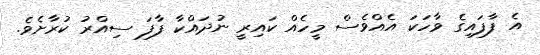
އެ ފާފައިގެ ވާހަކަ އެއްވެސް މީހެއް ކައިރީ ނުދައްކާ ފާފަ ސިއްރު ކުރާށެވެ.